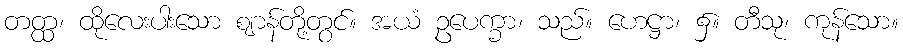
တတ္ထ၊ ထိုလေးပါးသော ဈာန်တို့တွင်။ အယံ ဥပေက္ခာ၊ သည်။ ဟေဋ္ဌာ၊ ၌။ တီသု၊ ကုန်သော။